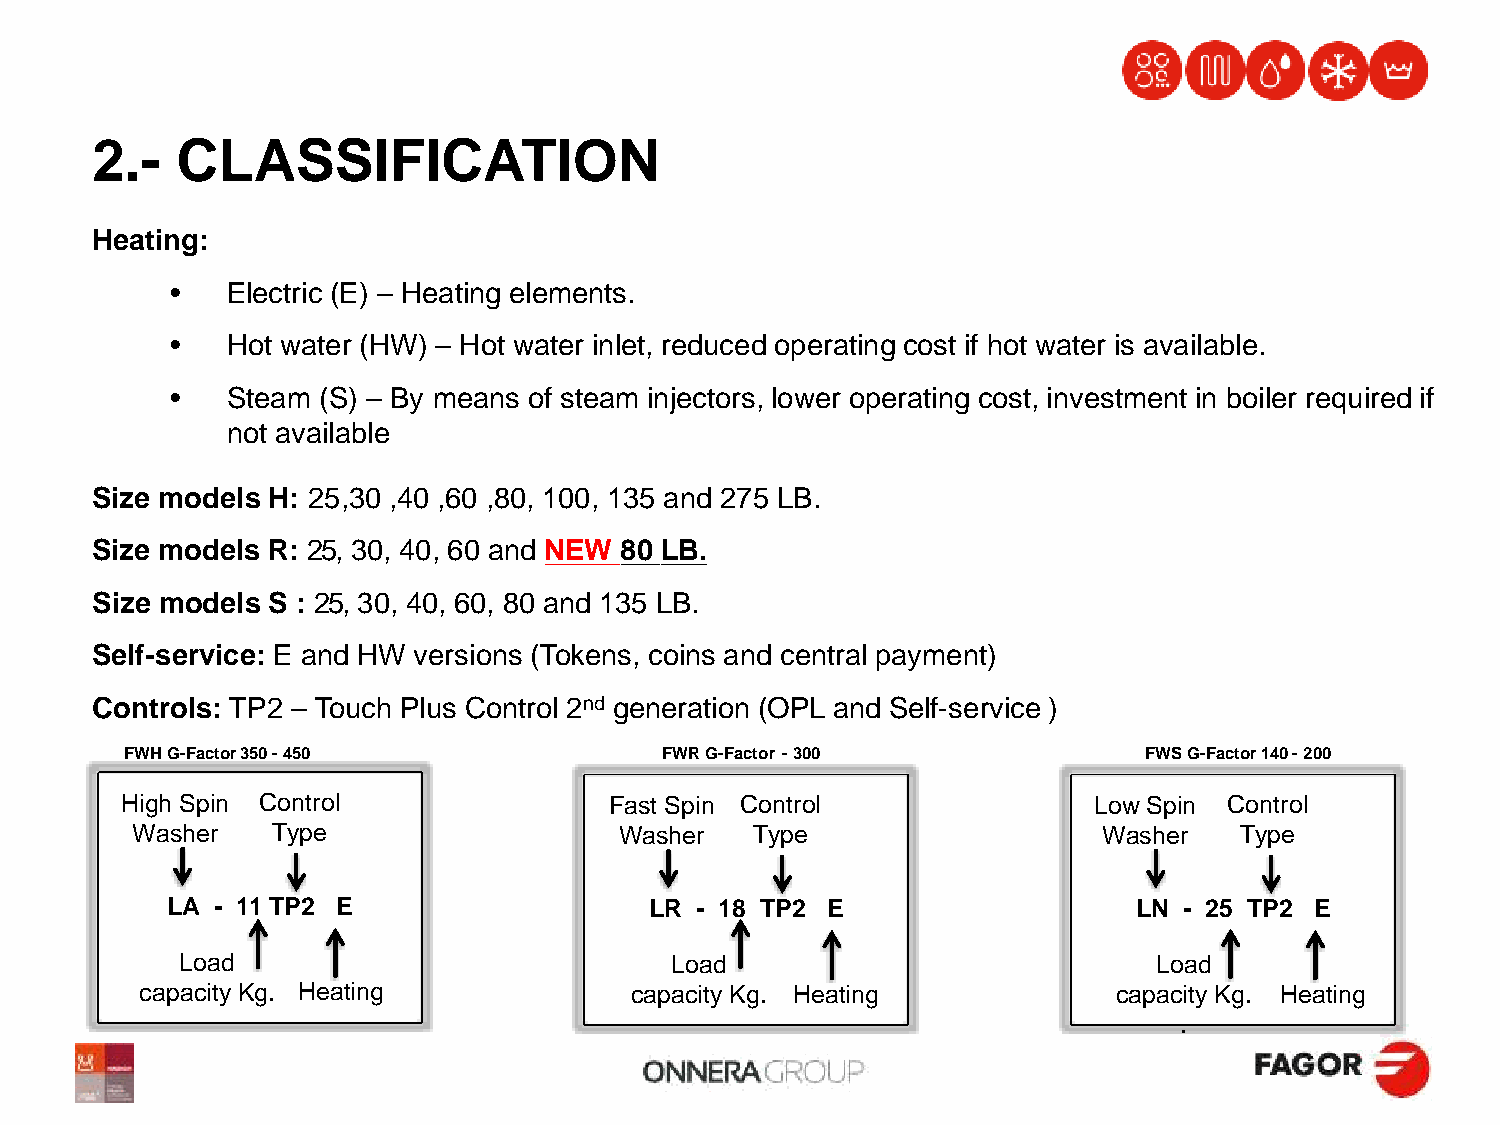
2.-   CLASSIFICATION
 Heating:
 •   Electric (E) – Heating elements.
 •   Hot water (HW) – Hot water inlet, reduced operating cost if hot water is available.
 •   Steam (S) – By means of steam injectors, lower operating cost, investment in boiler required if
 not available
 Size models H: 25,30 ,40 ,60 ,80, 100, 135 and 275 LB.
 Size models R: 25, 30, 40, 60 and NEW 80 LB.
 Size models S : 25, 30, 40, 60, 80 and 135 LB.
 Self-service: E and HW versions (Tokens, coins and central payment)
 Controls: TP2 – Touch Plus Control 2nd generation (OPL and Self-service )
 FWH G-Factor 350 - 450              FWR G-Factor - 300              FWS G-Factor 140 - 200
 High Spin Control               Fast Spin Control               Low Spin Control
 Washer   Type                   Washer   Type                   Washer   Type
 LA - 11 TP2 E                   LR - 18 TP2 E                   LN - 25 TP2 E
 Load                            Load                             Load
 capacity Kg. Heating             capacity Kg. Heating            capacity Kg. Heating
 .